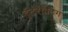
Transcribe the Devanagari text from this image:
इंटरैक्टिंग